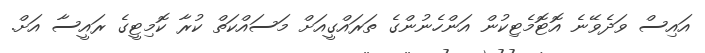
އައިސް ވަދެވޭނެ އޮޓޮމެޓިކުން އަންހެނުންގެ ތަރައްގީއަށް މަސައްކަތް ކުރާ ކޮމިޓީގެ ރައީސާ އަށް.